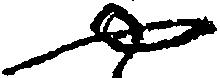
や